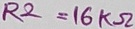
Text: R2=16KΩ